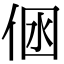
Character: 𠉢